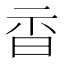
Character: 𣆇